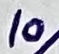
Text: 10